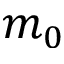
m _ { 0 }